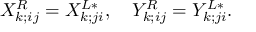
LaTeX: X _ { k ; i j } ^ { R } = X _ { k ; j i } ^ { L * } , \ \ \ Y _ { k ; i j } ^ { R } = Y _ { k ; j i } ^ { L * } .